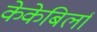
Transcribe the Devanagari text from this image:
केकेबिर्ला